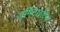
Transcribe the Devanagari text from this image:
डर्मिटाइटिस